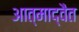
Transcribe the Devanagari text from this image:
आत्माद्वैत